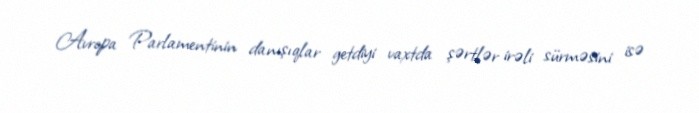
Avropa Parlamentinin danışıqlar getdiyi vaxtda şərtlər irəli sürməsini isə